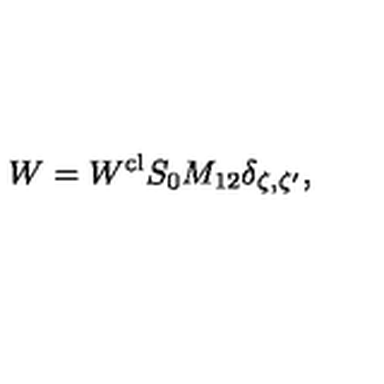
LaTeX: W = W ^ { \mathrm { c l } } S _ { 0 } M _ { 1 2 } \delta _ { \zeta , \zeta ^ { \prime } } ,